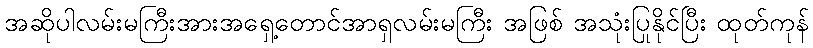
အဆိုပါလမ်းမကြီးအားအရှေ့တောင်အာရှလမ်းမကြီး အဖြစ် အသုံးပြုနိုင်ပြီး ထုတ်ကုန်